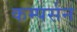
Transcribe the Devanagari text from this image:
कम्पर्सन